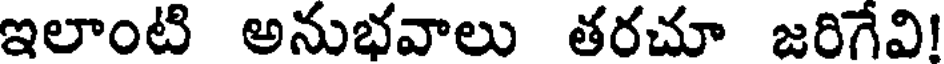
ఇలాంటి అనుభవాలు తరచూ జరిగేవి!